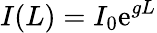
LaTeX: I(L)=I_{0}\mathrm{e}^{gL}